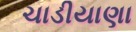
ચાડીયાણા